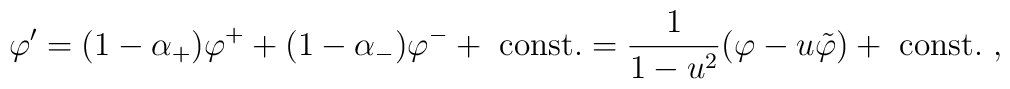
\varphi' = (1 - \alpha_+) \varphi^+ + (1 - \alpha_-) \varphi^- + ~{\rm const}.= {1\over 1 - u^2} (\varphi - u \tilde{\varphi}) + ~{\rm const}.\ ,